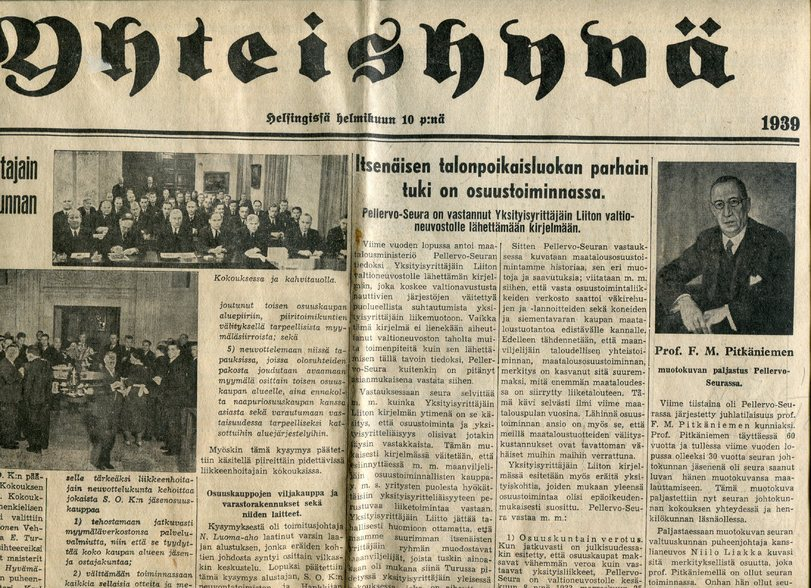
Language: fn